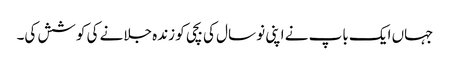
جہاں ایک باپ نے اپنی نو سال کی بچی کو زندہ جلانے کی کوشش کی۔